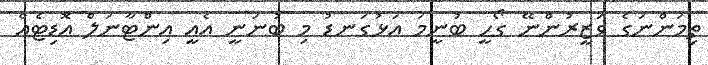
ތިމަންނަގެ ވަޒީރުންނޭ ގޯހީ ބުނީމަ އަޅުގަނޑު މި ބުނަނީ އެއީ އިންޓާނަލް އޮޑިޓެއް